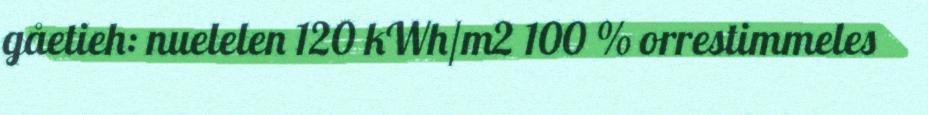
gåetieh: nuelelen 120 kWh/m2 100 % orrestimmeles